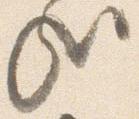
哉